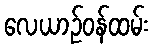
လေယာဉ်ဝန်ထမ်း